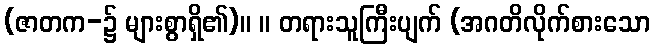
(ဇာတက-၌ များစွာရှိ၏)။ ။ တရားသူကြီးပျက် (အဂတိလိုက်စားသော